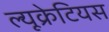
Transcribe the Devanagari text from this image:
ल्यूक्रेटियस